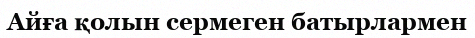
Айға қолын сермеген батырлармен